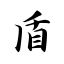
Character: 盾